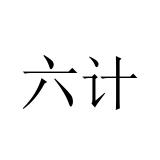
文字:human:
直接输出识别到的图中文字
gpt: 六计